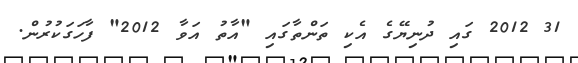
31 2012 ގައި ދުނިޔޭގެ އެކި ތަންތާގައި "އާތު އަވާ 2012" ފާހަގަކުރުން.